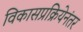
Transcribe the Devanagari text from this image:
विकासप्रक्रियेनंतर